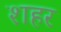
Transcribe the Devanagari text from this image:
श्‍ाहर